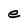
Character: e